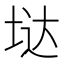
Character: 垯